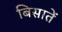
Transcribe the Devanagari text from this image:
बिसातें